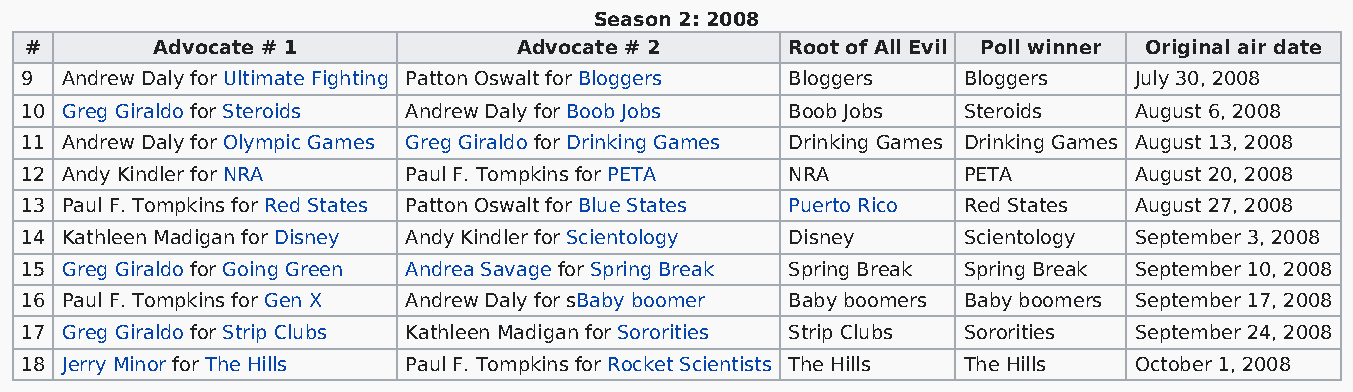
Season 2: 2008
 #       Advocate # 1            Advocate # 2      Root of All Evil Poll winner Original air date
 9  Andrew Daly for Ultimate Fighting Patton Oswalt for Bloggers Bloggers Bloggers July 30, 2008
 10 Greg Giraldo for Steroids Andrew Daly for Boob Jobs Boob Jobs Steroids August 6, 2008
 11 Andrew Daly for Olympic Games Greg Giraldo for Drinking Games Drinking Games Drinking Games August 13, 2008
 12 Andy Kindler for NRA   Paul F. Tompkins for PETA NRA        PETA       August 20, 2008
 13 Paul F. Tompkins for Red States Patton Oswalt for Blue States Puerto Rico Red States August 27, 2008
 14 Kathleen Madigan for Disney Andy Kindler for Scientology Disney Scientology September 3, 2008
 15 Greg Giraldo for Going Green Andrea Savage for Spring Break Spring Break Spring Break September 10, 2008
 16 Paul F. Tompkins for Gen X Andrew Daly for sBaby boomer Baby boomers Baby boomers September 17, 2008
 17 Greg Giraldo for Strip Clubs Kathleen Madigan for Sororities Strip Clubs Sororities September 24, 2008
 18 Jerry Minor for The Hills Paul F. Tompkins for Rocket Scientists The Hills The Hills October 1, 2008